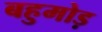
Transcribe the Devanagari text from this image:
बहुमोड़